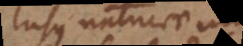
Lusus naturae